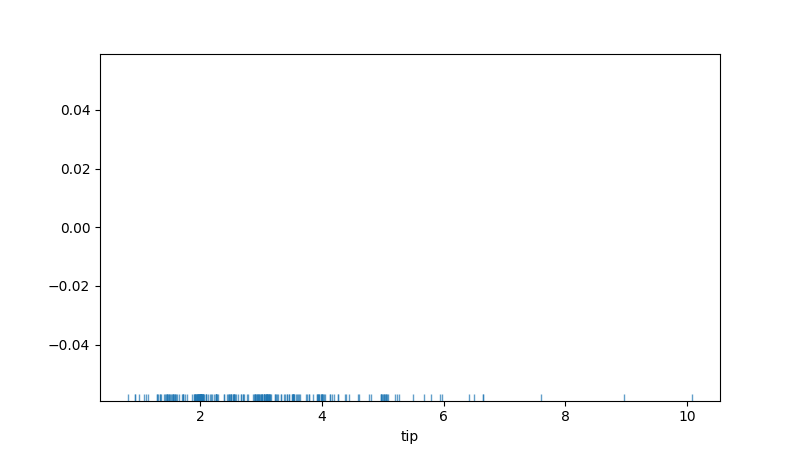
python, seaborn, rugplot, height=0.02, axis='x', alpha=0.7